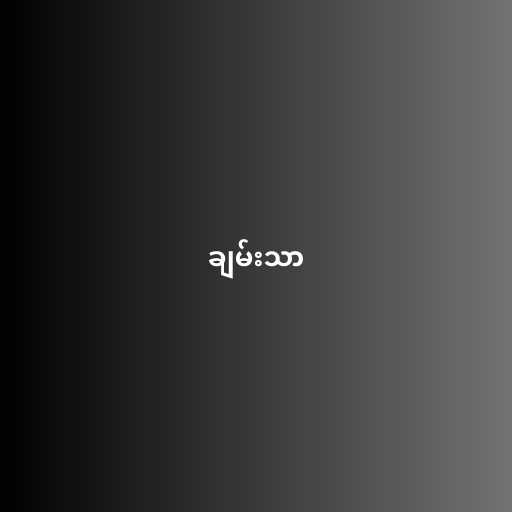
ချမ်းသာ